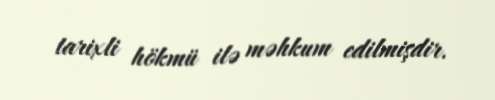
tarixli hökmü ilə məhkum edilmişdir.